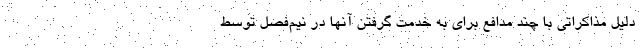
دلیل مذاکراتی با چند مدافع برای به خدمت گرفتن آنها در نیم‌فصل توسط